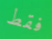
فقط